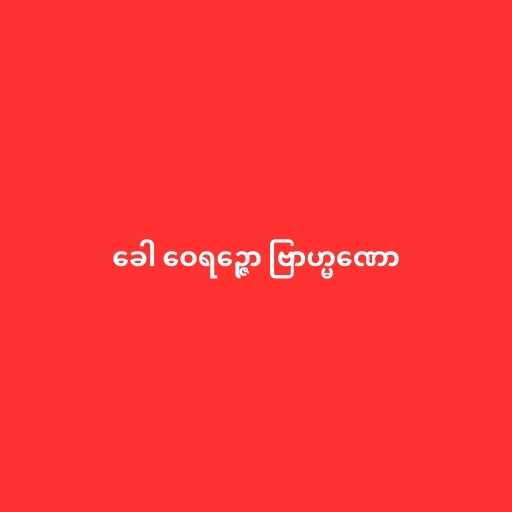
ခေါ ဝေရဉ္ဇော ဗြာဟ္မဏော